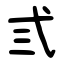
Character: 弎